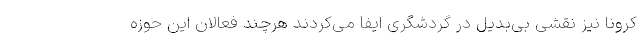
کرونا نیز نقشی بی‌بدیل در گردشگری ایفا می‌کردند هرچند فعالان این حوزه